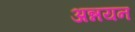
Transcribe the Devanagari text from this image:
अन्नयन